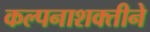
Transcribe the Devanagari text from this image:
कल्पनाशक्तीने